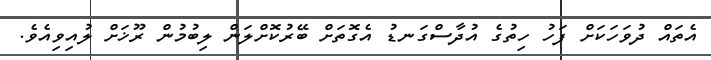
އެތައް ދުވަހަކަށް ފަހު ހިތުގެ އުދާސްގަނޑު އެގޮތަށް ބޭރުކޮށްލަން ލިބުމުން ރޫޚަށް ލުއިވިއެވެ.